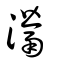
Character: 灊